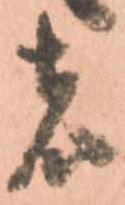
者